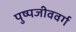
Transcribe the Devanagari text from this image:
पुष्पजीववर्ग